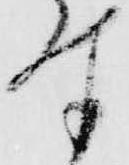
付